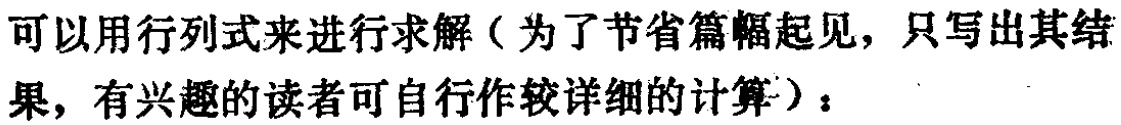
可以用行列式来进行求解（为了节省篇幅起见，只写出其结果，有兴趣的读者可自行作较详细的计算）：